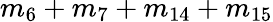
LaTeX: m_{6}+m_{7}+m_{14}+m_{15}